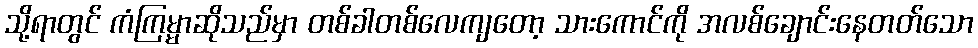
သို့ရာတွင် ကံကြမ္မာဆိုသည်မှာ တစ်ခါတစ်လေကျတော့ သားကောင်ကို အလစ်ချောင်းနေတတ်သော